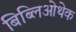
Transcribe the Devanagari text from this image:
बिब्लिओथेक